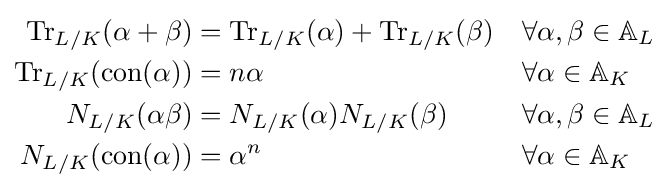
{\begin{aligned}\operatorname {Tr} _{L/K}(\alpha +\beta )&=\operatorname {Tr} _{L/K}(\alpha )+\operatorname {Tr} _{L/K}(\beta )&&\forall \alpha ,\beta \in \mathbb {A} _{L}\\\operatorname {Tr} _{L/K}(\operatorname {con} (\alpha ))&=n\alpha &&\forall \alpha \in \mathbb {A} _{K}\\N_{L/K}(\alpha \beta )&=N_{L/K}(\alpha )N_{L/K}(\beta )&&\forall \alpha ,\beta \in \mathbb {A} _{L}\\N_{L/K}(\operatorname {con} (\alpha ))&=\alpha ^{n}&&\forall \alpha \in \mathbb {A} _{K}\end{aligned}}